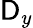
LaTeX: \mathsf{D}_{y}